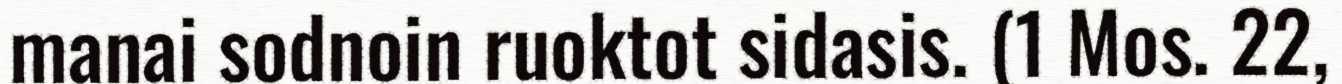
manai sodnoin ruoktot sidasis. (1 Mos. 22,